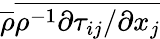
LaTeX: \overline{{\rho}}\overline{{{\rho}^{-1}{\partial\tau_{ij}}/{\partial x_{j}}}}